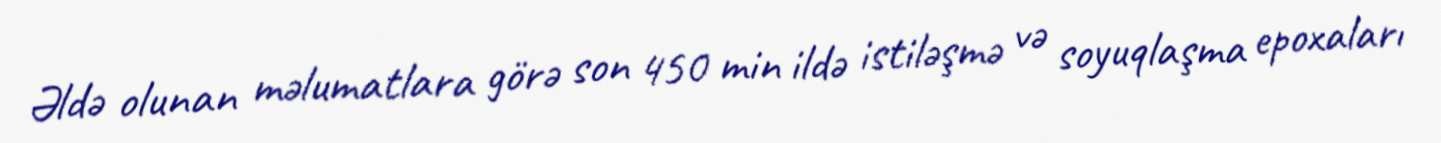
Əldə olunan məlumatlara görə son 450 min ildə istiləşmə və soyuqlaşma epoxaları